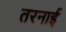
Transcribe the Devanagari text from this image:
तरनाई